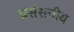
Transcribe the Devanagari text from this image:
प्रसंसनीय